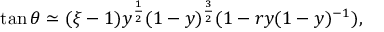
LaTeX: \tan \theta \simeq ( \xi - 1 ) y ^ { \frac { 1 } { 2 } } ( 1 - y ) ^ { \frac { 3 } { 2 } } ( 1 - r y ( 1 - y ) ^ { - 1 } ) ,